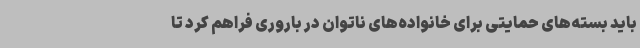
باید بسته‌های حمایتی برای خانواده‌های ناتوان در باروری فراهم کرد تا